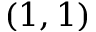
( 1 , 1 )